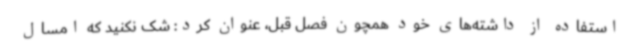
استفاده از داشته‌های خود همچون فصل قبل، عنوان کرد: ‌شک نکنید که امسال